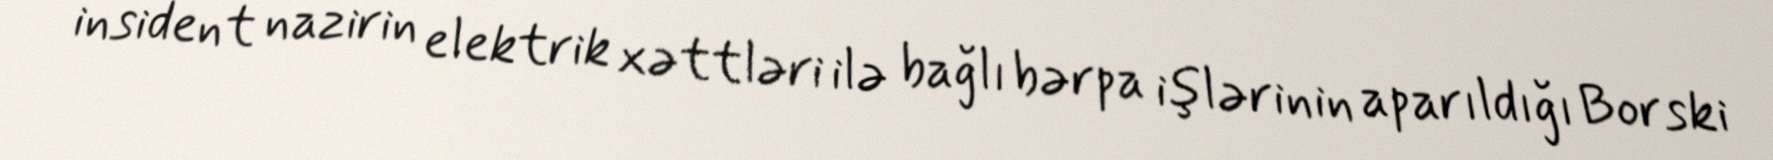
insident nazirin elektrik xəttləri ilə bağlı bərpa işlərinin aparıldığı Borski